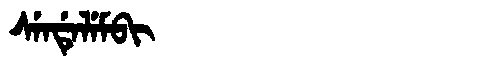
Manchu: ᠰᡝᠨᡩᡝᠯᡝᠮᠪᡳ
Romanization: SENDELEMBI